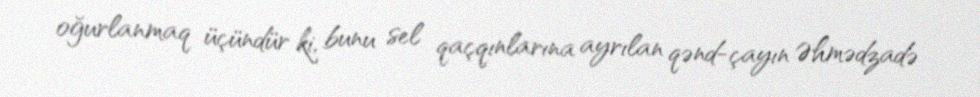
oğurlanmaq üçündür ki, bunu sel qaçqınlarına ayrılan qənd-çayın Əhmədzadə